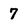
Character: 7